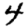
Digit: 4